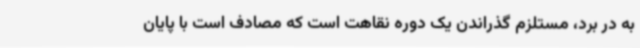
به در برد، مستلزم گذراندن یک دوره نقاهت است که مصادف است با پایان